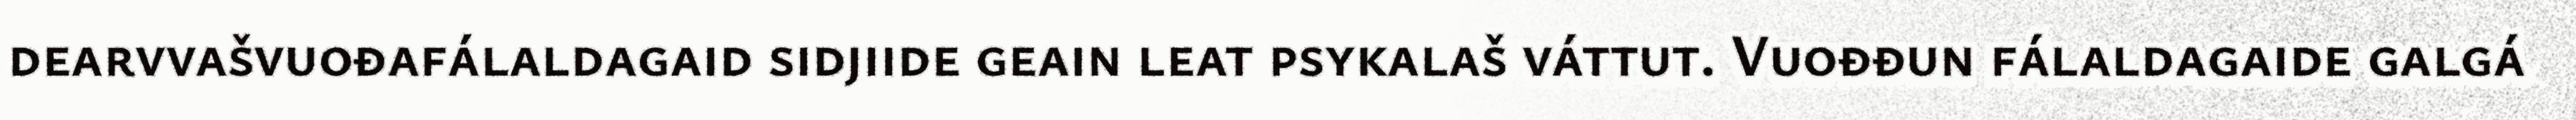
dearvvašvuođafálaldagaid sidjiide geain leat psykalaš váttut. Vuođđun fálaldagaide galgá